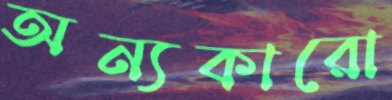
অন্যকারো